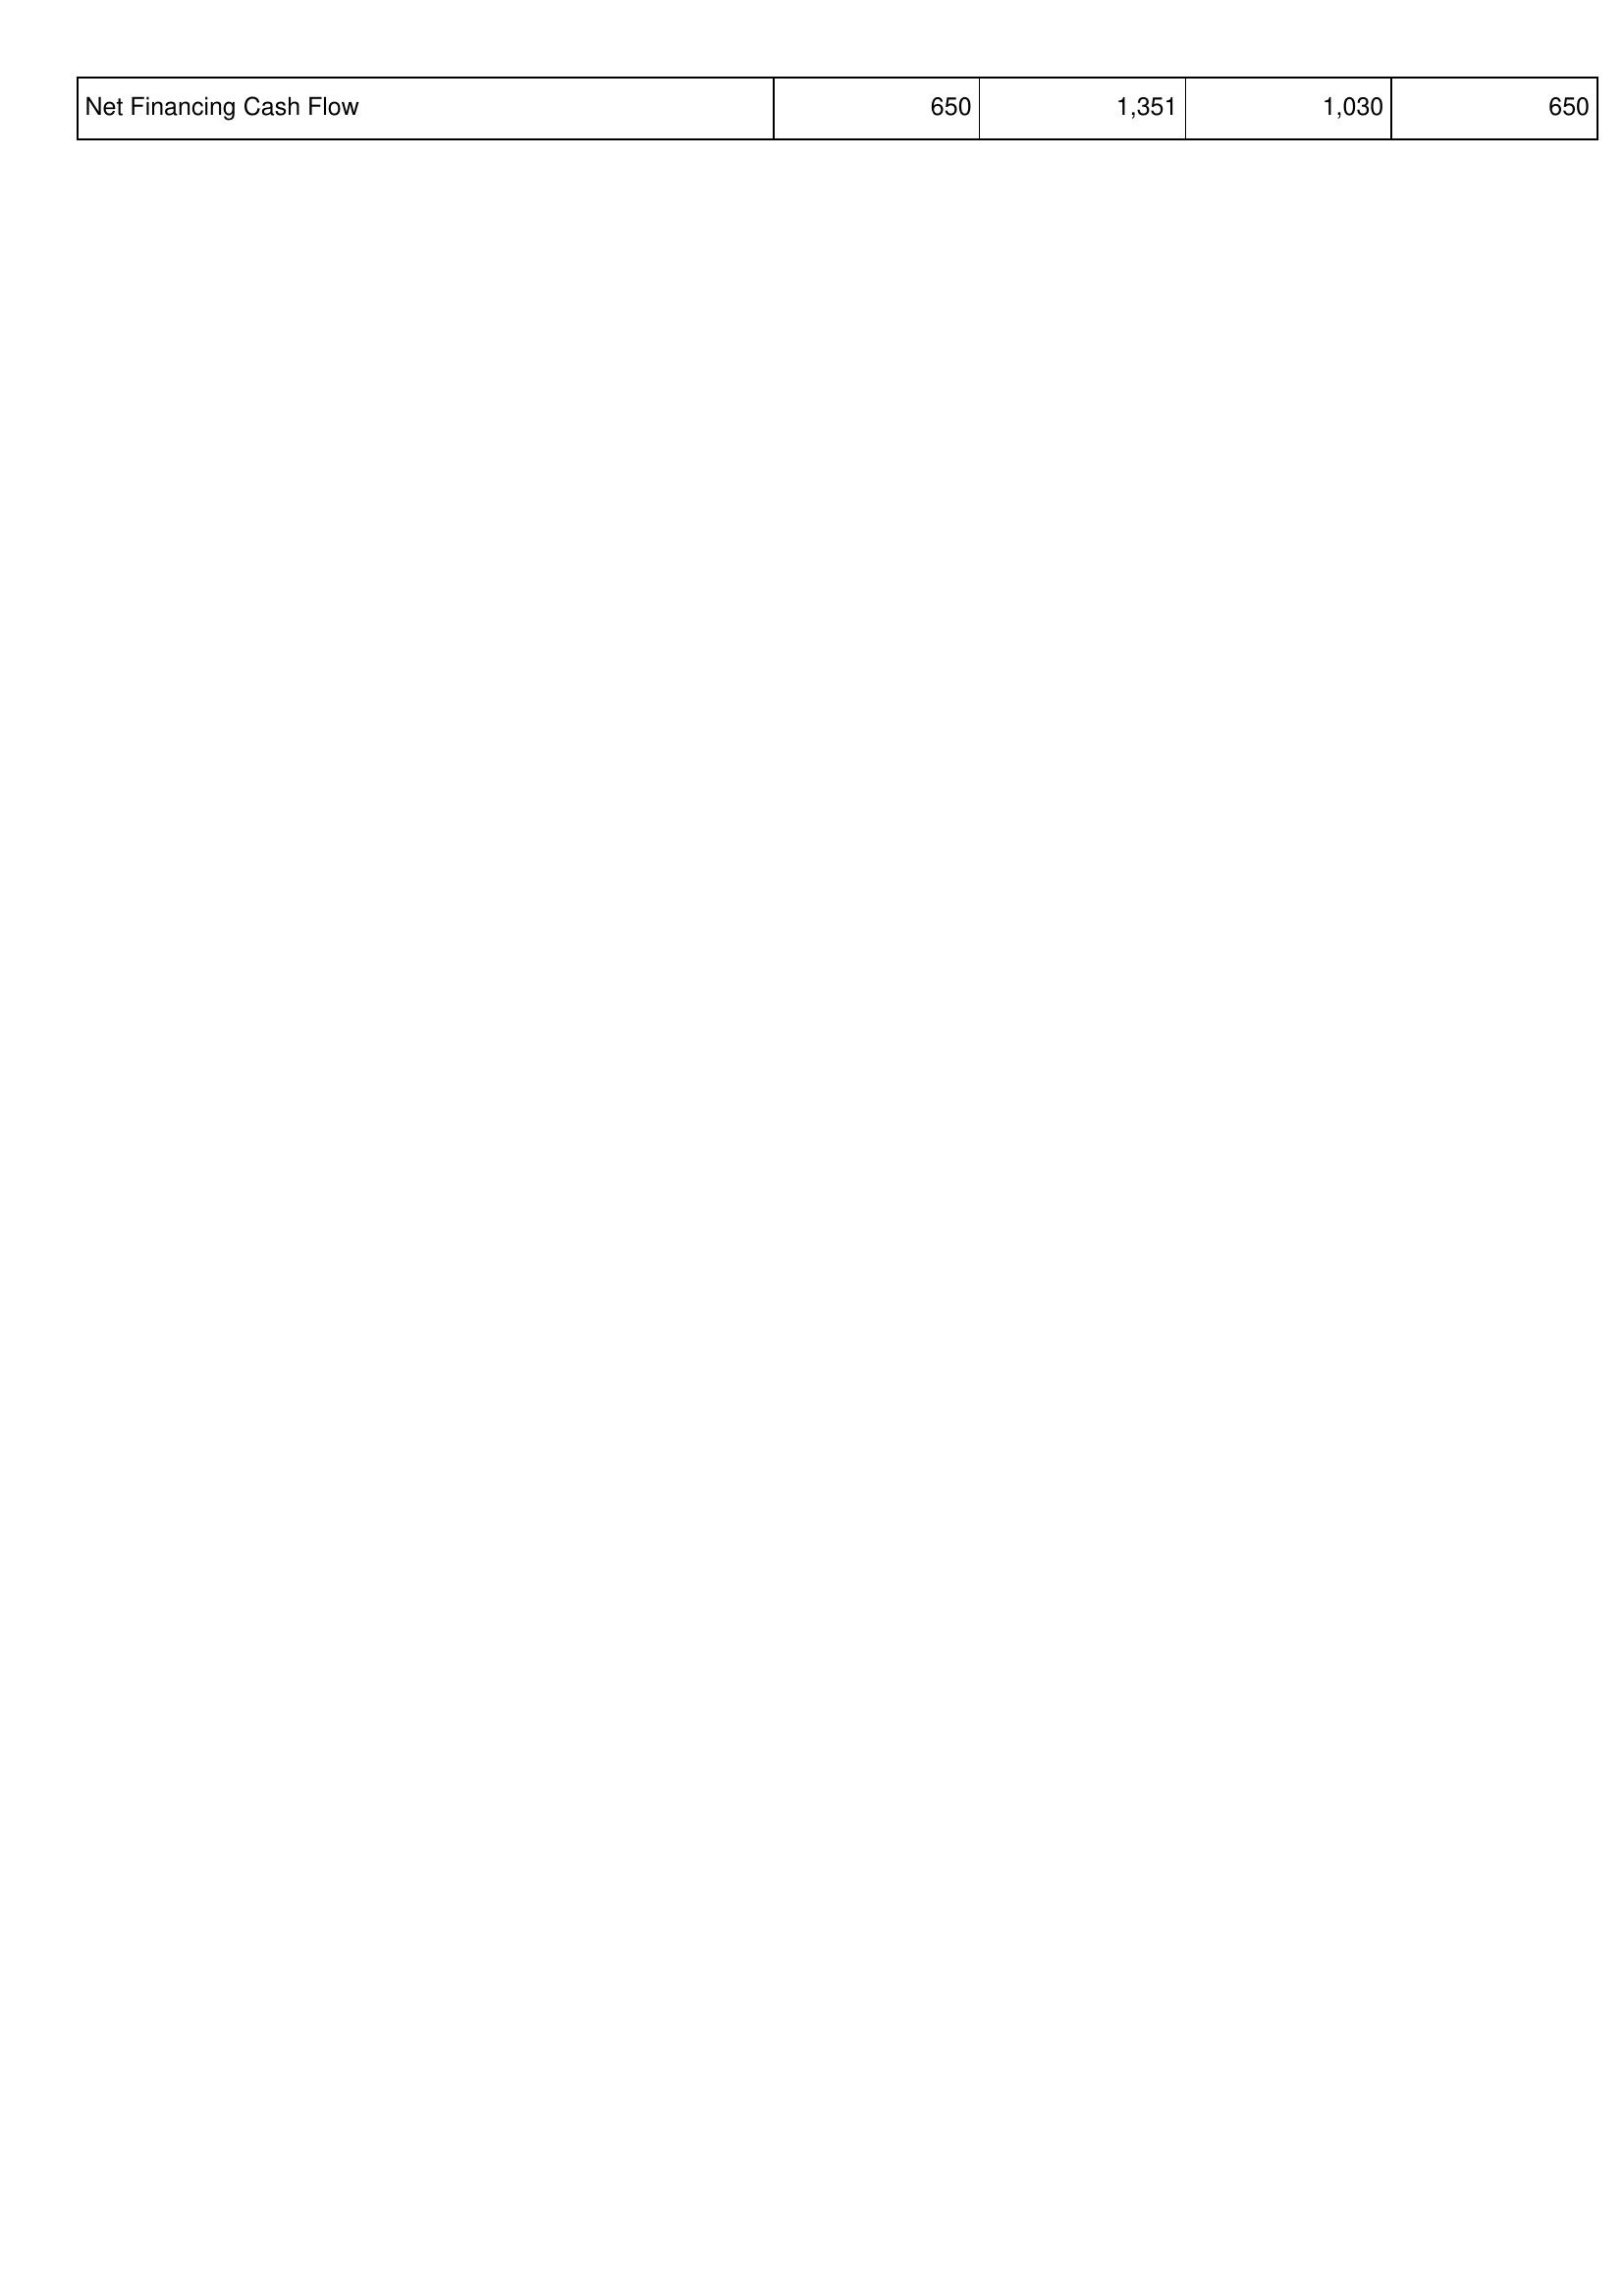
2022: Financing Activities: Net Financing Cash Flow: 650
2023: Financing Activities: Net Financing Cash Flow: 1,351
2024: Financing Activities: Net Financing Cash Flow: 1,030
2025: Financing Activities: Net Financing Cash Flow: 650